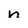
Character: n